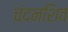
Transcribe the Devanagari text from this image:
चंदनशिव